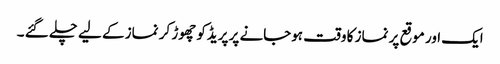
ایک اور موقع پر نماز کا وقت ہوجانے پر پریڈکو چھوڑ کر نماز کے لیے چلے گئے ۔